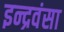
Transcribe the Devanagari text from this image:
इन्द्रवंसा